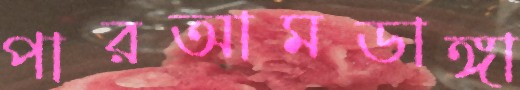
পারআমডাঙ্গা